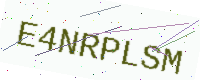
Text: E4NRPLSM